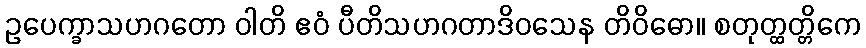
ဥပေက္ခာသဟဂတော ဝါတိ ဧဝံ ပီတိသဟဂတာဒိဝသေန တိဝိဓော။ စတုတ္ထတ္တိကေ